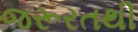
જરૂરતથી